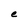
Character: e